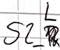
Text: S2_L